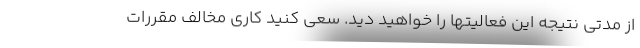
از مدتی نتیجه این فعالیتها را خواهید دید. سعی کنید کاری مخالف مقررات